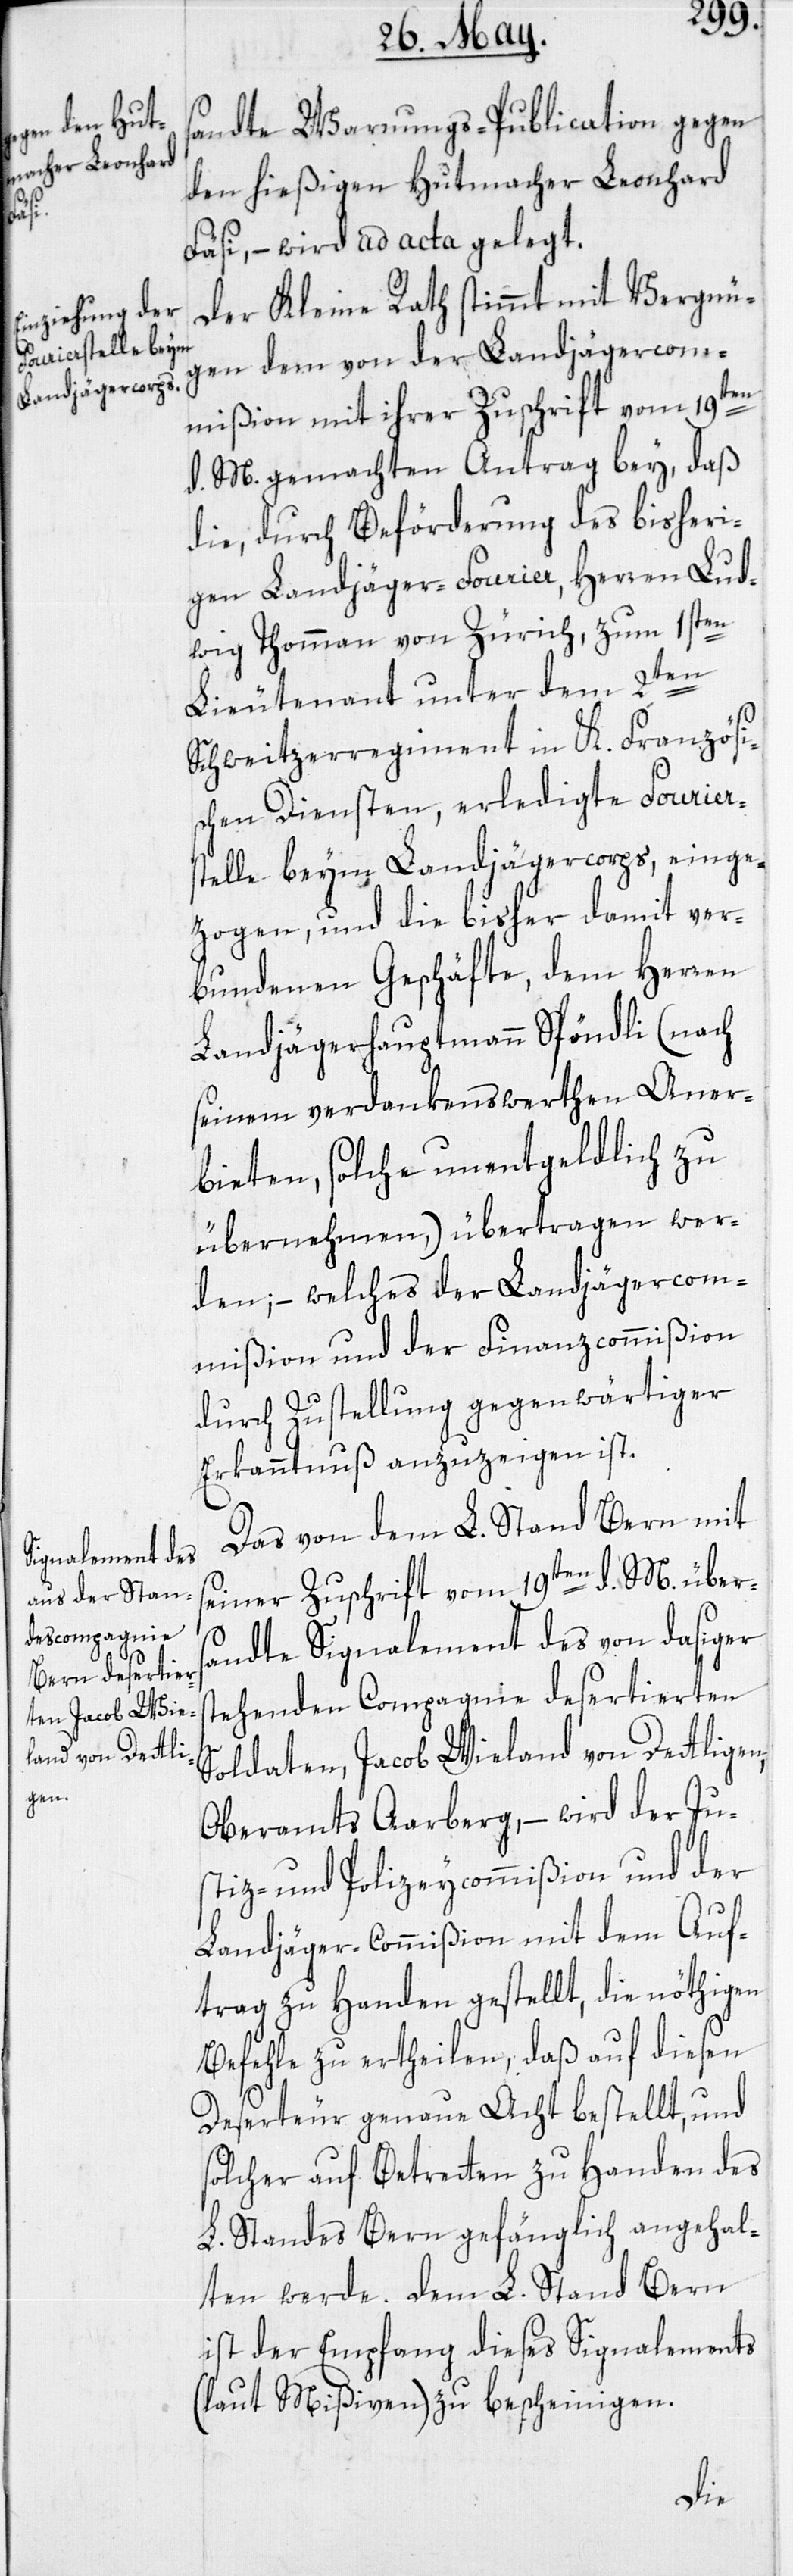
s¬

sandte Warnungs-Publication gegen
den hießigen Hutmacher Leonhard
Fäsi, – wird ad acta gelegt.
Der Kleine Rath stimmt mit Vergnü¬
gen dem von der Landjägercom¬
mißion mit ihrer Zuschrift vom 19ten
d. M. gemachten Antrag bey, daß
die, durch Beförderung des bisheri¬
gen Landjäger-Fourier, Herren Lud¬
wig Thomman von Zürich, zum 1sten
Lieutenant unter dem 2ten
Schweitzerregiment in K. Französi¬
schen Diensten, erledigte Fourier¬
stelle beym Landjägercorps, einge¬
zogen, und die bisher damit ver¬
bundenen Geschäfte, dem Herren
Landjägerhauptmann Spöndli (nach
seinem verdankenswerthen Aner¬
bieten, solche unentgeldlich zu
übernehmen,) übertragen wer¬
den; – welches der Landjägercom¬
mißion und der Finanzcommißion
durch Zustellung gegenwärtiger
Erkanntnuß anzuzeigen ist.
Das von dem L. Stand Bern mit
seiner Zuschrift vom 19ten d. M. übers¬
andte Signalement des von dasiger
tehenden Compagnie desertierten
Soldaten, Jacob Wieland von Dettligen,
Oberamts Aarberg, – wird der Ju¬
stiz- und Polizeycommißion und der
Landjäger-Commißion mit dem Auf¬
trag zu Handen gestellt, die nöthigen
Befehle zu ertheilen, daß auf diesen
Deserteur genaue Acht bestellt, und
solcher auf Betretten zu Handen des
L. Standes Bern gefänglich angehal¬
ten werde. Dem L. Stand Bern
ist der Empfang dieses Signalements
(laut Mißiven) zu bescheinigen.